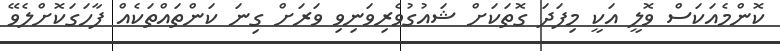
ކޮންމެއަކަސް ވޮލީ އަކީ މިފަދަ ގޮތަކަށް ޝައުގުވެރިވަނިވި ވަރަށް ގިނަ ކަންތައްތަކެއް ފާހަގަކޮށްލެވޭ